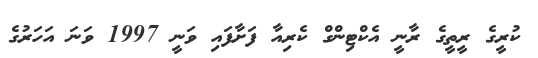
ކުރީގެ ރީތީގެ ރާނީ އެކްޓިންގް ކެރިއާ ފަށާފައި ވަނީ 1997 ވަނަ އަހަރުގެ